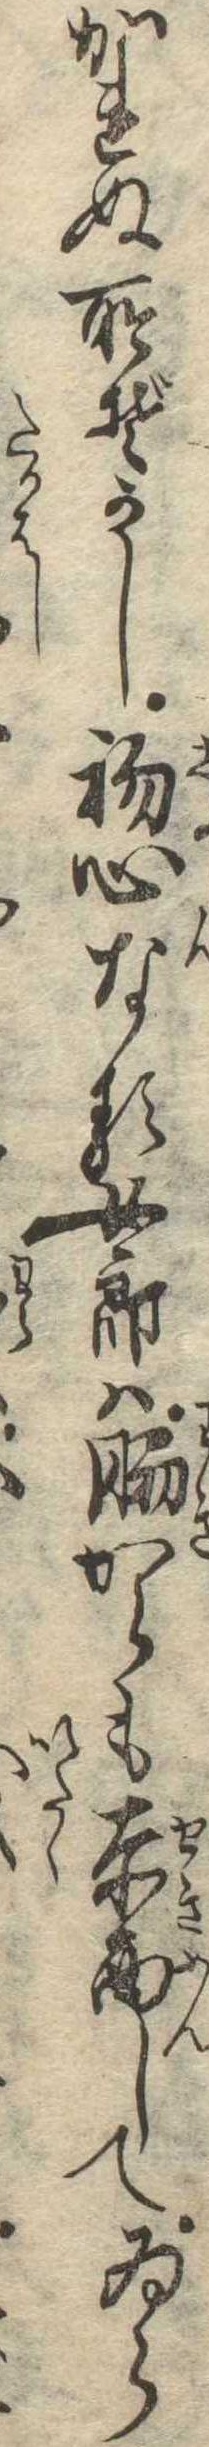
かれぬ所ぞかし初心なる女郎は脇からも赤面してゐら